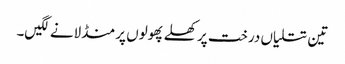
تین تتلیاں درخت پر کھلے پھولوں پر منڈلانے لگیں۔